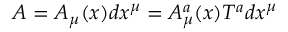
A = A _ { \mu } ( x ) d x ^ { \mu } = A _ { \mu } ^ { a } ( x ) T ^ { a } d x ^ { \mu }